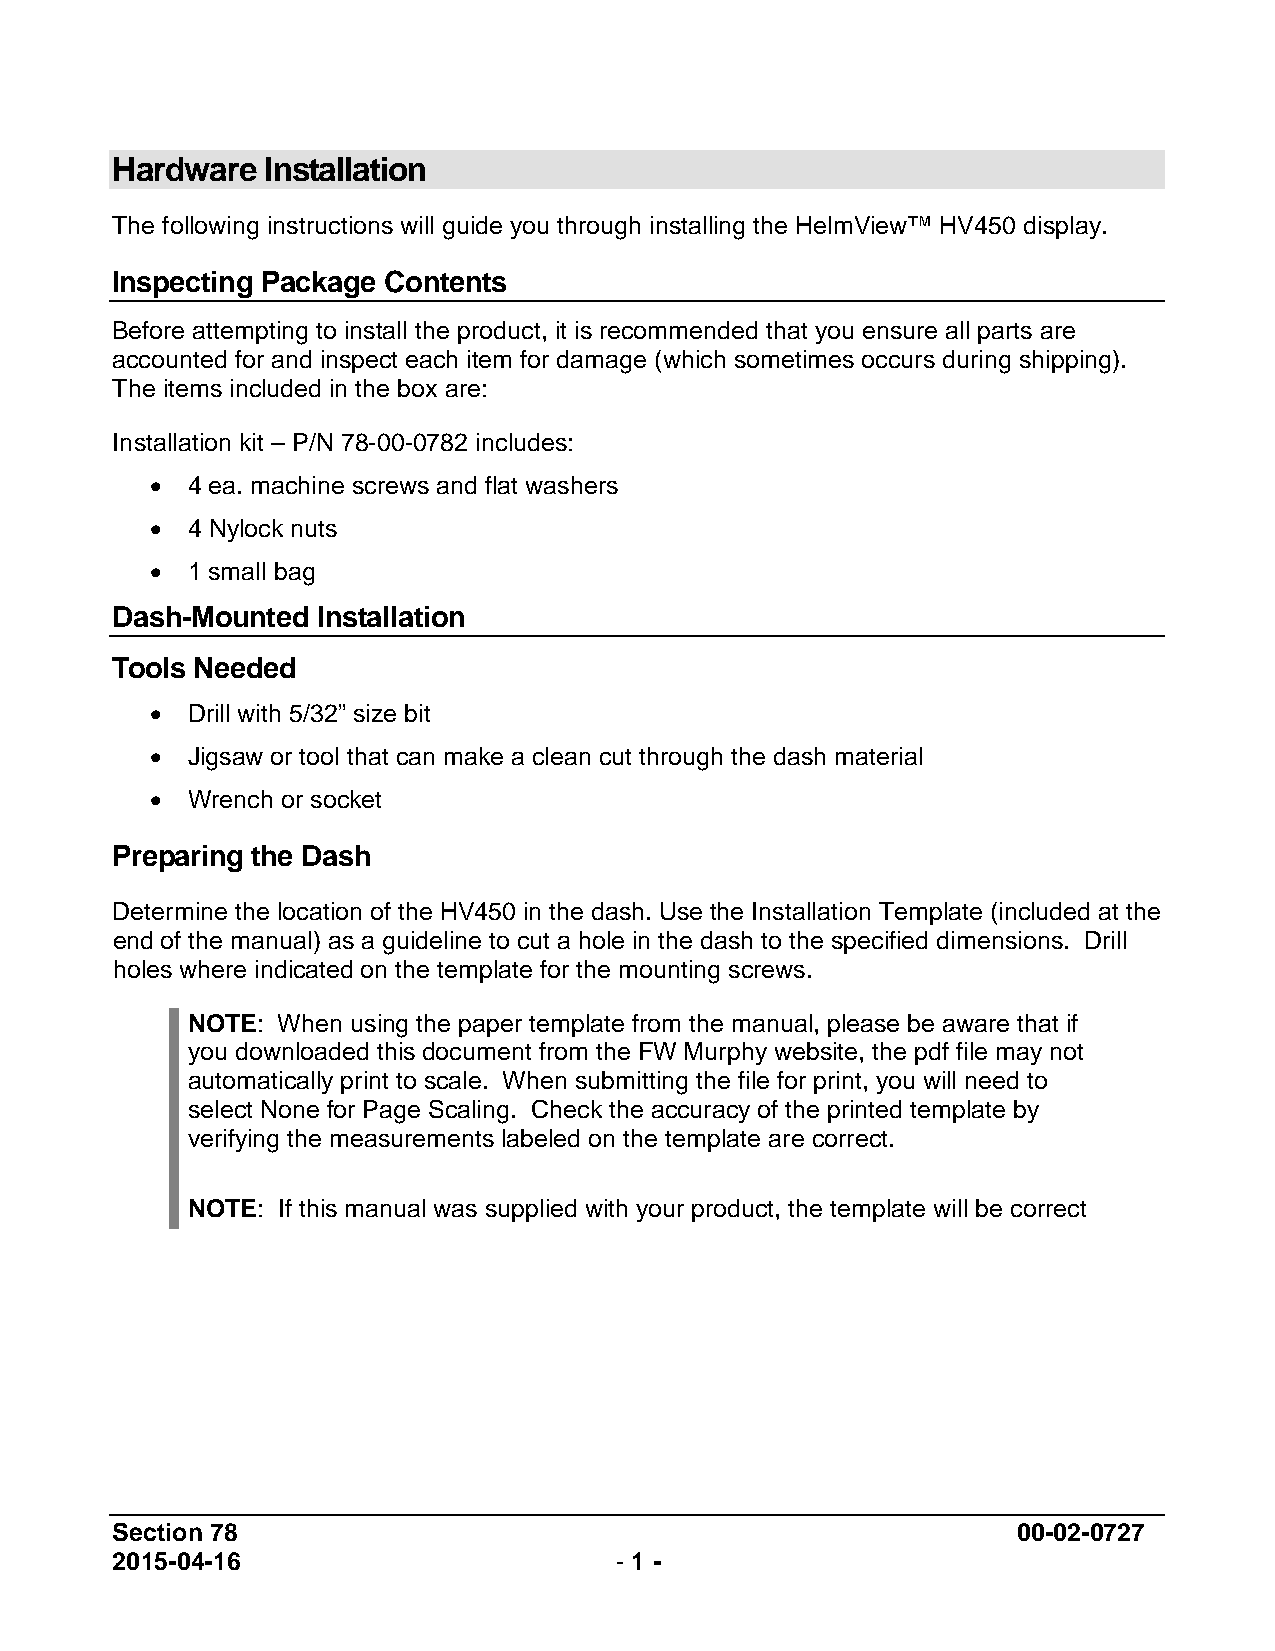
Hardware   Installation
 The following instructions will guide you through installing the HelmView™ HV450 display.
 Inspecting Package Contents
 Before attempting to install the product, it is recommended that you ensure all parts are
 accounted for and inspect each item for damage (which sometimes occurs during shipping).
 The items included in the box are:
 Installation kit – P/N 78-00-0782 includes:
 • 4 ea. machine screws and flat washers
 • 4 Nylock nuts
 • 1 small bag
 Dash-Mounted  Installation
 Tools Needed
 • Drill with 5/32” size bit
 • Jigsaw or tool that can make a clean cut through the dash material
 • Wrench or socket
 Preparing the Dash
 Determine the location of the HV450 in the dash. Use the Installation Template (included at the
 end of the manual) as a guideline to cut a hole in the dash to the specified dimensions. Drill
 holes where indicated on the template for the mounting screws.
 NOTE: When using the paper template from the manual, please be aware that if
 you downloaded this document from the FW Murphy website, the pdf file may not
 automatically print to scale. When submitting the file for print, you will need to
 select None for Page Scaling. Check the accuracy of the printed template by
 verifying the measurements labeled on the template are correct.
 NOTE: If this manual was supplied with your product, the template will be correct
 Section 78                                                  00-02-0727
 2015-04-16                        - 1 -